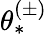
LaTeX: \theta_{*}^{(\pm)}